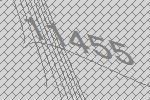
11455